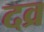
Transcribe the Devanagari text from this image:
दव्र